Annual statistical returns and brief notes on vaccination in Bengal - 1887-1898
Year: 1887
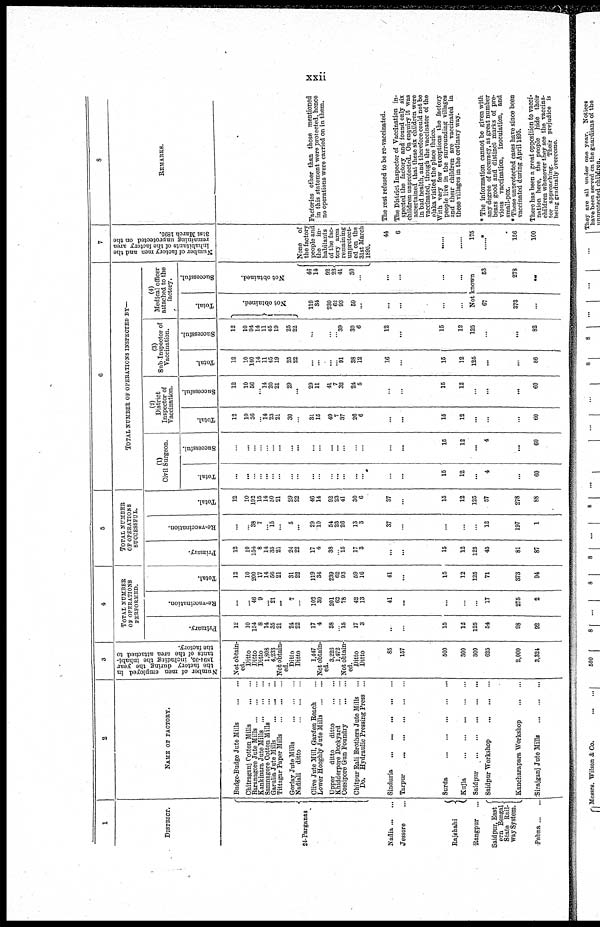
xxii
1
DISTRICT.
24-Parganas
Nadia ... ...
Jessore ...
Rajshahi
Rangpur ...
Saidpur, East
era Bengal
State Rail-
way System.
Pabna ... ...
2
NAME OF FACTORY.
Budge-Budge Jute Mills
...
...
Chitraganj Cotton Mills
...
...
Baranagore Jute Mills
......
Kankinara Jute Mills
...
...
Samnagore Cotton Mills ... ...
Garulia Jute Mills
...
...
...
Tittagar Paper Mills
...
...
...
Gorfay Jute Mills
...
...
...
Nadiali ditto
...
...
...
Clive Jute Mill, Garden Reach ...
Lower Hooghly Jute Mills
...
...
Upper
ditto
ditto
...
...
Khidderpore Dockyard
...
...
Cossipore Gun Foundry
...
...
Chitpur Bali Brothers Jute Mills ...
Do. Hydraulic Pressing Press ...
Sinduria
...
...
...
...
Tarpur ... ... ... ... ...
Surda
...
...
...
...
...
Kujla
...
...
...
...
...
Saidpur ... ... ... ... ...
Saidpur Workshop
...
...
...
Kancharapara Workshop
...
...
Sirajganj Jute Mills
...
...
...
3
Number of men employed in,
the factory during the year
1894-05, including the inhabi-
tants of the area attached to
the factory.
Not obtain-
ed.
Ditto
Ditto
Ditto
1,808
4,233
Not obtain-
ed.
Ditto
Ditto
1,447
Not obtain-
ed.
3,226
1,472
Not obtain-
ed.
Ditto
Ditto
85
157
600
300
300
625
2,000
3,324
4
TOTAL NUMBER
OF OPERATIONS
PERFORMED.
Primary.
12
10
154
8
14
35
21
24
22
17
4
38
...
15
17
3
..
...
15
12
125
54
98
92
Re-vaccination.
...
... 46
9
...
21
...
7
...
102
30
201
63
78
42
13
41
...
...
...
...
17
275
2
Total.
12
10
200
17
14
56
21
31
22
119
34
239
62
93
59
16
41
...
15
12
125
71
373
94
5
TOTAL NUMBER
OF OPERATIONS
SUCCESSFUL.
Primary.
12
10
154
8
14
35
21
24
22
17
4
38
15
17
3
...
...
15
12
125
45
81
87
Re-vaccination.
...
...
38
7
...
15
...
5
...
29
10
54
23
26
13
3
37
...
...
...
...
12
197
1
Total.
12
10
192
15
14
50
21
29
22
46
14
92
23
41
30
6
37
...
15
12
125
57
278
88
6
TOTAL NUMBER OF OPERATIONS INSPECTED BY—
(1)
Civil Surgeon.
Total.
...
...
...
...
...
...
...
...
...
...
...
...
...
...
...
...
...
...
15
12
...
4
...
60
Successful.
...
...
...
...
...
...
...
...
...
...
...
...
...
...
...
...
...
...
15
12
...
4
...
60
(2)
District
Inspector of
Vaccination.
Total.
12
10
56
...
14
23
21
30
...
31
15
49
7
37
26
6
...
...
15
12
...
...
...
60
Successful.
12
10
56
...
14
20
21
29
...
29
11
41
7
32
24
5
...
...
15
12
...
...
...
60
(3)
Sub Inspector of
Vaccination.
Total.
12
10
100
14
11
45
19
25
22
...
...
...
...
91
38
12
16
...
15
12
125
...
...
86
Successful.
12
10
94
14
11
45
19
25
22
...
...
...
... 39
30
6
12
...
15
12
125
...
...
82
(4)
Medical officer
attached to the
factory.
Total.
Not obtained.
119
34
239
62
93
59
...
...
...
...
...
Successful.
Not obtained.
46
14
92
23
41
30
...
...
...
...
...
Not known
67
373
...
63
278
...
7
Number of factory men and the
inhabitants of the factory area
remaining unprotected on the
31st March 1895.
None of
the factory
people and
the
in-
habitants
of the fac-
tory area
remaining
unprotect-
ed on the
31st March
1895.
44
6
...
...
175
......*
156
100
8
REMARKS.
Factories other than those mentioned
in this statement were protected, hence
no operations were carried on in them.
The rest refused to be re-vaccinated.
The District Inspector of Vaccination in-
spected the factory and found only six
children unprotected. On enquiry it was
ascertained that these six children were
in bad health, and therefore could not be
vaccinated, though the vaccinator of the
elaka visited the place thrice.
With very few exceptions the factory
people live in the surrounding villages
and their children are vaccinated in
these villages in the ordinary way.
* The information cannot be given with
any degree of accuracy, as great number
bears good and distinct marks of pre-
vious vaccination, inoculation, and
small-pox.
* These unprotected cases have since been
vaccinated during April 1895.
There has been a great opposition to vacci-
nation here, the people hide their
children whenever they see the vaccina-
tor approaching. Their prejudice is
being gradually overcome.